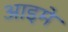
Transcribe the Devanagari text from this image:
आइमे